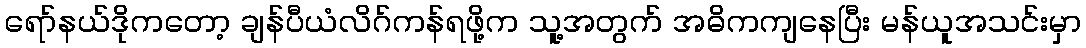
ရော်နယ်ဒိုကတော့ ချန်ပီယံလိဂ်ကန်ရဖို့က သူ့အတွက် အဓိကကျနေပြီး မန်ယူအသင်းမှာ